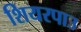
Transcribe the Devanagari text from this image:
शियरपाउ